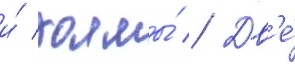
и́ холмы́ // Дв'е́